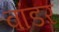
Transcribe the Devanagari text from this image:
वांडर